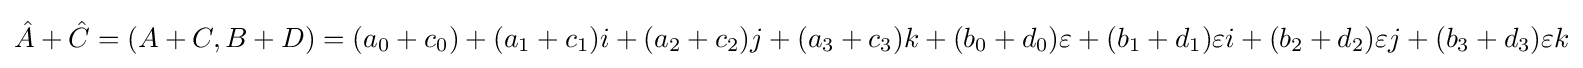
{\hat {A}}+{\hat {C}}=(A+C,B+D)=(a_{0}+c_{0})+(a_{1}+c_{1})i+(a_{2}+c_{2})j+(a_{3}+c_{3})k+(b_{0}+d_{0})\varepsilon +(b_{1}+d_{1})\varepsilon i+(b_{2}+d_{2})\varepsilon j+(b_{3}+d_{3})\varepsilon k